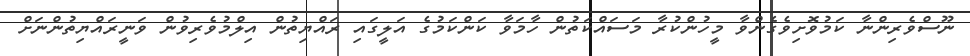
ނޫސްވެރިންނާ ކަމުވޮށިވެގެންވާ މީހުންކުރާ މަސައްކަތުން ހާމަވާ ކަންކަމުގެ އަލީގައި ރައްޔިތުން އިލްމުވެރިވުން ވަނީރައްޔިތުންނަށް